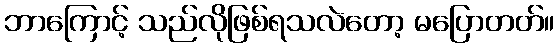
ဘာကြောင့် သည်လိုဖြစ်ရသလဲတော့ မပြောတတ်။